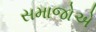
સમાજોએ